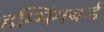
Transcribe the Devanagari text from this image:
हम्मिंगबर्ड